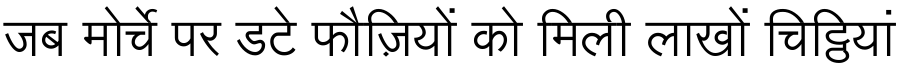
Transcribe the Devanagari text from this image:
जब मोर्चे पर डटे फौज़ियों को मिली लाखों चिट्ठियां